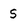
Character: S